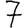
Digit: 7